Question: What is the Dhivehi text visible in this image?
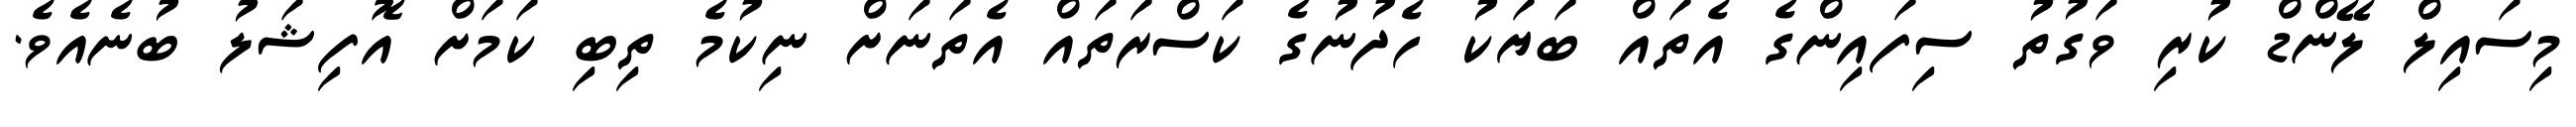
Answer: މިސައިލް ލޭންޑް ކުރި ވަގުތު ސިފައިންގެ އެތައް ބަޔަކު ހެދުނުގެ ކަސްރަތައް އެތަނަށް ނިކުމެ ތިބި ކަމަށް އޮފިޝަލު ބުނެއެވެ.